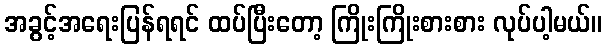
အခွင့်အရေးပြန်ရရင် ထပ်ပြီးတော့ ကြိုးကြိုးစားစား လုပ်ပါ့မယ်။